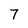
Character: 7